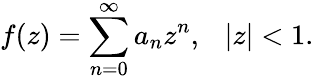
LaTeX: f(z)=\sum_{n=0}^{\infty}a_{n}z^{n},\ \ \ |z|<1.